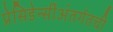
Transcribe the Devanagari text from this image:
प्रेसिडेन्सींअंतर्गतची